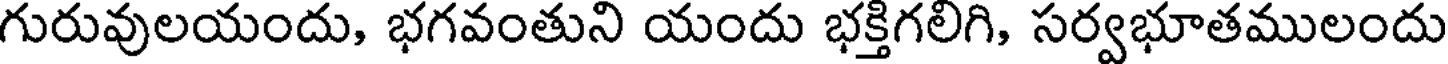
గురువులయందు, భగవంతుని యందు భక్తిగలిగి, సర్వభూతములందు